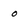
Character: 0